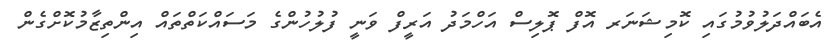
އެބައްދަލުވުމުގައި ކޮމިޝަނަރ އޮފް ޕޮލިސް އަހްމަދު އަރީފް ވަނީ ފުލުހުންގެ މަސައްކަތްތައް އިންތިޒާމުކޮށްގެން